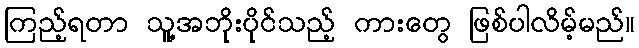
ကြည့်ရတာ သူ့အဘိုးပိုင်သည့် ကားတွေ ဖြစ်ပါလိမ့်မည်။